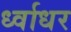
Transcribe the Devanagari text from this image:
र्ध्वाधर